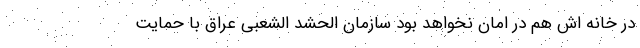
در خانه اش هم در امان نخواهد بود سازمان الحشد الشعبی عراق با حمایت